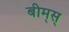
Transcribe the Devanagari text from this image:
बीम्‌स्